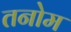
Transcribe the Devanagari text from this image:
तनोम